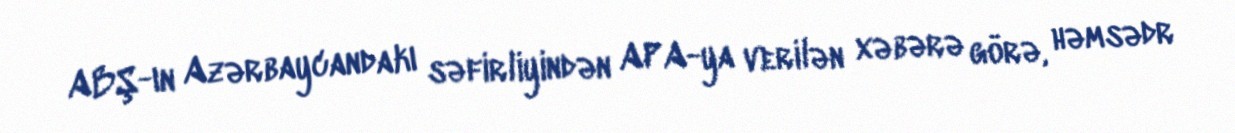
ABŞ-ın Azərbaycandakı səfirliyindən APA-ya verilən xəbərə görə, həmsədr